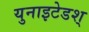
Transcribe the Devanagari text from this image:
युनाइटेडश्